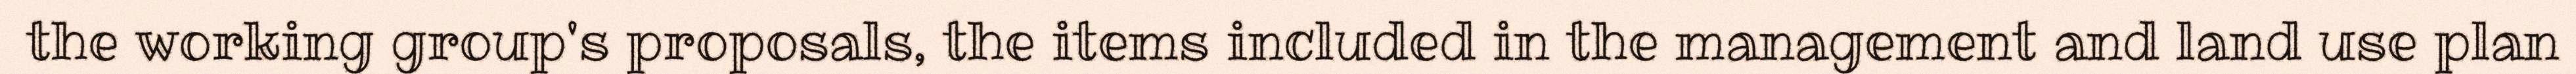
the working group's proposals, the items included in the management and land use plan